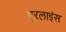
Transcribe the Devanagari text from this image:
एरलाइंस